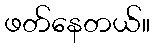
ဖတ်နေတယ်။